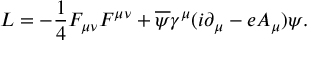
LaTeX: { \cal L } = - { \frac { 1 } { 4 } } F _ { \mu \nu } F ^ { \mu \nu } + { \overline { { { \psi } } } } \gamma ^ { \mu } ( i \partial _ { \mu } - e A _ { \mu } ) \psi .